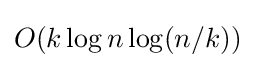
O(k\log n\log(n/k))